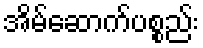
အိမ်ဆောက်ပစ္စည်း